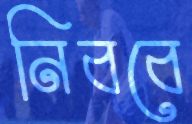
নিববে